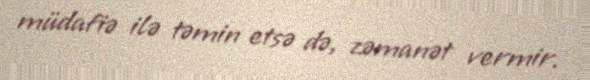
müdafiə ilə təmin etsə də, zəmanət vermir.